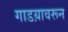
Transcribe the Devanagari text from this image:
गाडय़ावरून